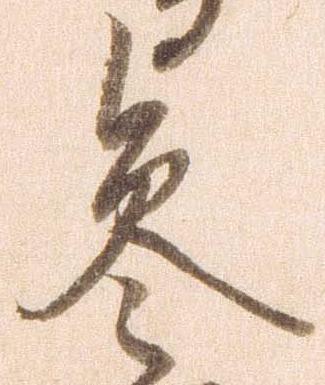
参